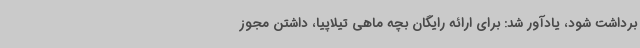
برداشت شود، یادآور شد: برای ارائه رایگان بچه ماهی تیلاپیا، داشتن مجوز